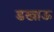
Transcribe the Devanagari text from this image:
डखाऊ